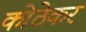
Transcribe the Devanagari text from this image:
कोठेकर